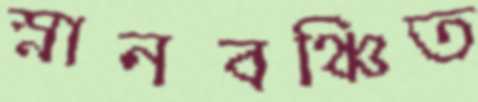
স্নানবঞ্চিত